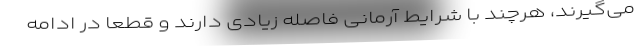
می‌گیرند، هرچند با شرایط آرمانی فاصله زیادی دارند و قطعا در ادامه